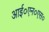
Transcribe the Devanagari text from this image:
आई०एन०एस०